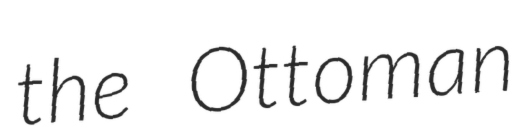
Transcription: the Ottoman